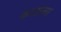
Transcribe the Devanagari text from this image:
कर्जाला